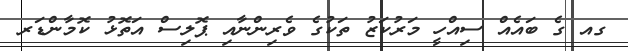
ގއ ގެ ބައެއް ސިއްހީ މަރުކަޒު ތަކުގެ ވެރިންނާއި ޕޮލިސް އަތޮޅު ކޮމާންޑަރ